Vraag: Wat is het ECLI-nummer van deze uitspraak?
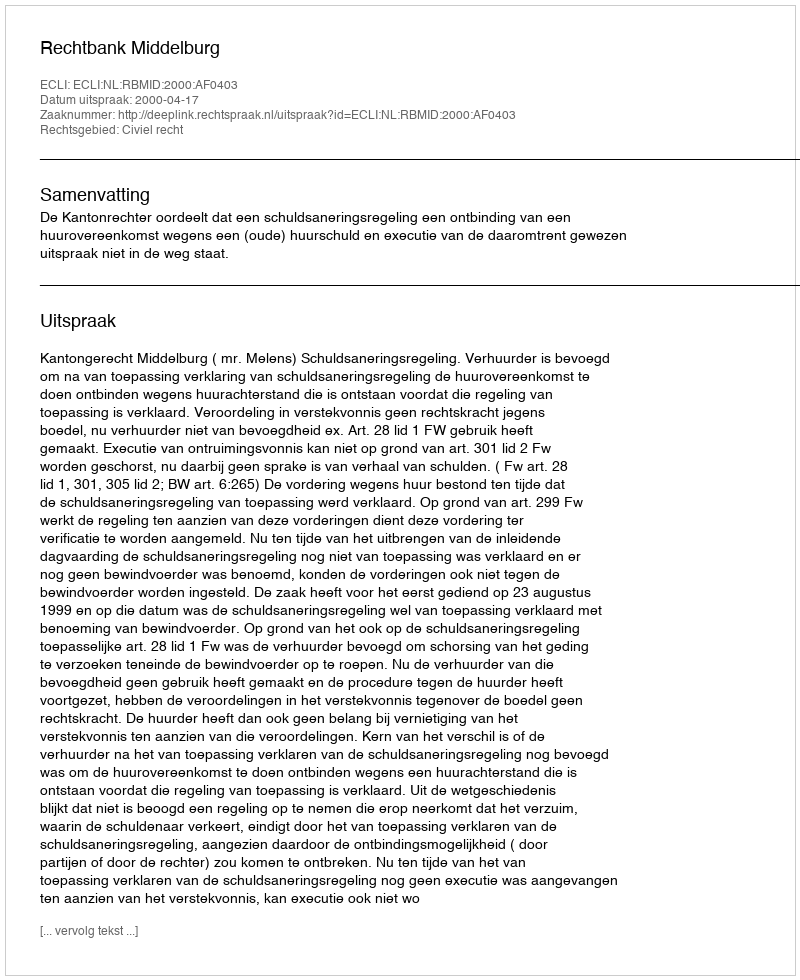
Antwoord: ECLI:NL:RBMID:2000:AF0403